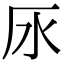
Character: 𣱷